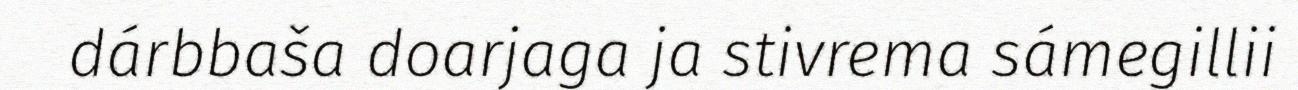
dárbbaša doarjaga ja stivrema sámegillii